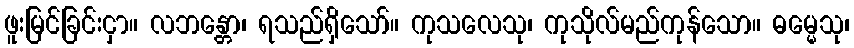
ဖူးမြင်ခြင်းငှာ။ လဘန္တော၊ ရသည်ရှိသော်။ ကုသလေသု၊ ကုသိုလ်မည်ကုန်သော။ ဓမ္မေသု၊